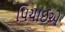
પિચાઈએ